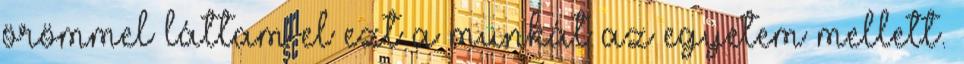
örömmel láttam el ezt a munkát az egyetem mellett.